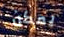
يمكن